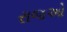
રાજઓ